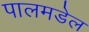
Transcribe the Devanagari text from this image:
पालमडेल